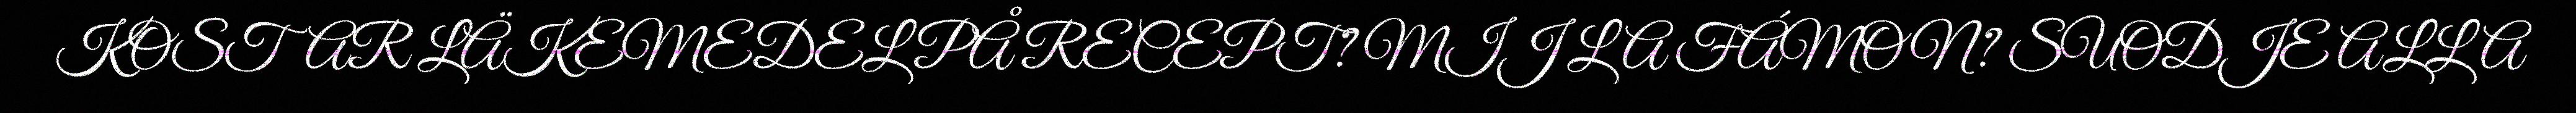
KOSTAR LÄKEMEDEL PÅ RECEPT? MIJ LA FÁMON? SUODJE ALLA